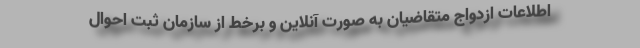
اطلاعات ازدواج متقاضیان به صورت آنلاین و برخط از سازمان ثبت احوال